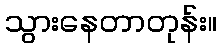
သွားနေတာတုန်း။